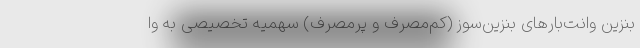
بنزین وانت‌بارهای بنزین‌سوز (کم‌مصرف و پرمصرف) سهمیه تخصیصی به وا